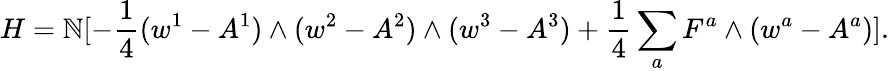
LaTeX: H=\mathbb{N}[-{\frac{{1}}{{4}}}(w^{1}-A^{1})\wedge(w^{2}-A^{2})\wedge(w^{3}-A^{3})+{\frac{{1}}{{4}}}\sum_{a}F^{a}\wedge(w^{a}-A^{a})].